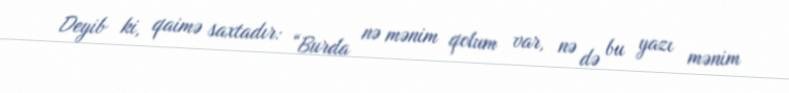
Deyib ki, qaimə saxtadır: “Burda nə mənim qolum var, nə də bu yazı mənim